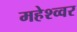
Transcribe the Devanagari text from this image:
महेश्व्वर